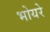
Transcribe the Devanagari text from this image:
भोयरे